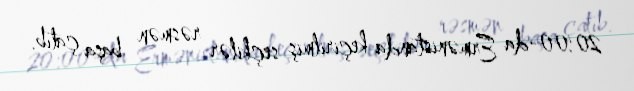
20:00-da Ermənistanda keçirilmiş seçkilər rəsmən başa çatıb.